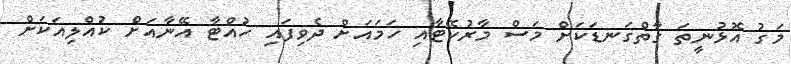
މަގު އޮޅުނީތަ ގާތްގަނޑަކަށް މަސް މާރުކޭޓާއި ހަމައަށް ދެވިފައި ހުއްޓާ އޭނާއަށް ކުއްލިއަކަށް